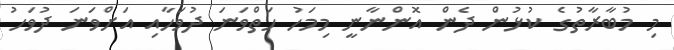
މި މުބާރާތުގެ ކުޅުން ދެން އޮންނާނީ މިމަހު ހަތްވަނަ ދުވަހާއި އަށްވަނަ ދުވަހު